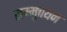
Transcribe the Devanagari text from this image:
सम्मुचयन